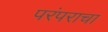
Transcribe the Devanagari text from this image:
परंपराचा